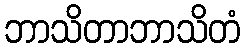
ဘာသိတာဘာသိတံ